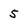
Character: 5